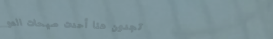
تجدون هنا أحدث صيحات المو